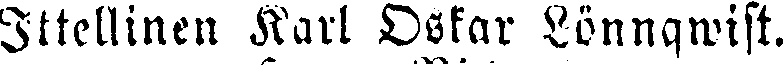
Ittellinen Karl Oskar Lönnqwist.